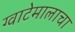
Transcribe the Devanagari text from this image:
ग्वाटेमालाचा